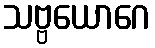
သဗ္ဗယောဂေ